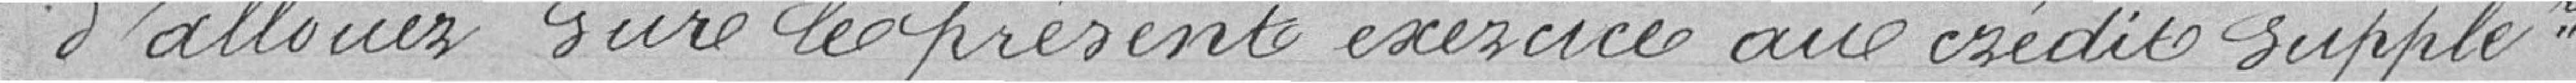
d'allouer sur le présent exercice aux crédits supplémentaires